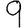
Digit: 9